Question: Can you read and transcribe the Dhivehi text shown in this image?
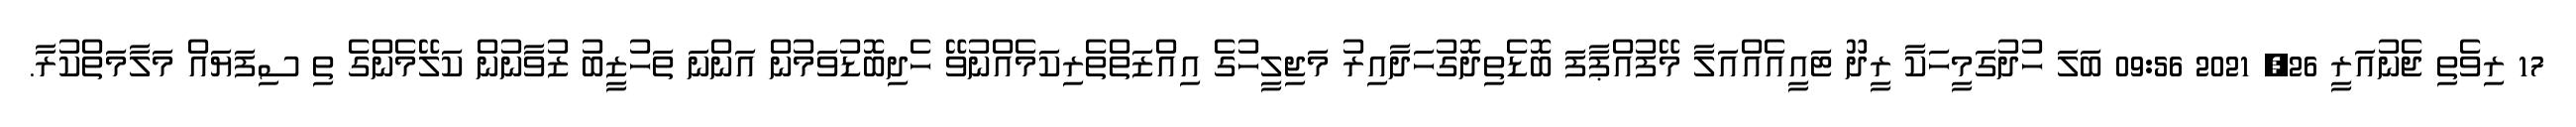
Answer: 17 ރިވެތި ޖެނުއަރީ 26, 2021 09:56 ބަލަ ހުދުގަމީހަކާ ރީދޫ ޓައީއެއްއަލާ މޭފުއްޕާފަ ބޮޑެތިދޮގުހަދާއިރު މަޖިލީހުގެ އިއްޒަތްތެރިކަމެއްނުވޭ ހެދިބޮޑުވަމުން އަންނަ ތަހުޒީބު ޒުވާނުން ކަލޭމެންގެ ތި ސިފަޔައް މަލާމަތްކުރާ.